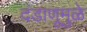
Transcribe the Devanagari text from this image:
दंडाणूमुळे